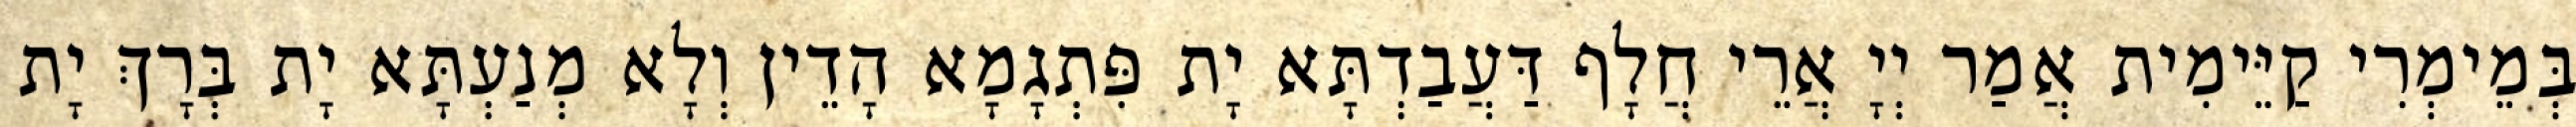
בְּמֵימְרִי קַיֵּימִית אֲמַר יְיָ אֲרֵי חֲלָף דַּעֲבַדְתָּא יָת פִּתְגָמָא הָדֵין וְלָא מְנַעְתָּא יָת בְּרָךְ יָת